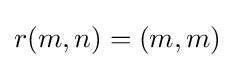
r(m,n)=(m,m)